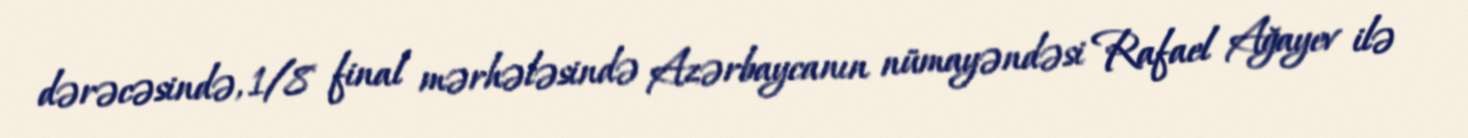
dərəcəsində, 1/8 final mərhələsində Azərbaycanın nümayəndəsi Rafael Ağayev ilə